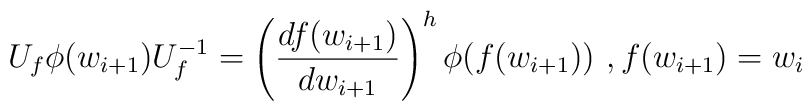
U_f\phi(w_{i+1})U_f^{-1}=\left(\frac{df(w_{i+1})}{dw_{i+1}}\right)^h\phi(f(w_{i+1})) \ ,  f(w_{i+1})=w_i \